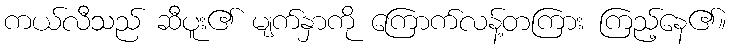
ကယ်လီသည် ဆီပူး၏ မျက်နှာကို ကြောက်လန့်တကြား ကြည့်နေ၏။